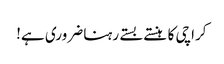
کراچی کا ہنستے بستے رہنا ضروری ہے!